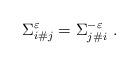
LaTeX: \begin{align*}\Sigma_{i\#j}^\varepsilon = \Sigma_{j\#i}^{-\varepsilon} \ .\end{align*}